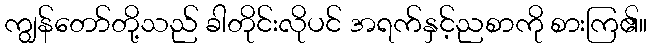
ကျွန်တော်တို့သည် ခါတိုင်းလိုပင် အရက်နှင့်ညစာကို စားကြ၏။